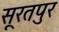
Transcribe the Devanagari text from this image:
सूरतपुर